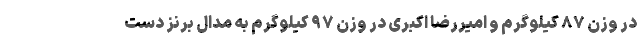
در وزن ۸۷ کیلوگرم و امیررضا اکبری در وزن ۹۷ کیلوگرم به مدال برنز دست